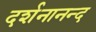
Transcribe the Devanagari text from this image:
दर्शनानन्‍द